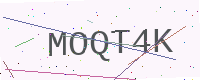
Text: MOQT4K